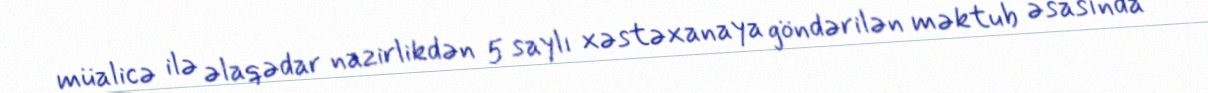
müalicə ilə əlaqədar nazirlikdən 5 saylı xəstəxanaya göndərilən məktub əsasında